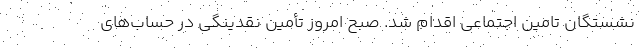
نشستگان تامین اجتماعی اقدام شد. صبح امروز تأمین نقدینگی در حساب‌های